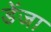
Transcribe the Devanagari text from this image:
डेंजा